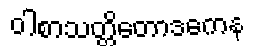
ဝါစာသတ္တိတောဒကေန